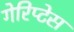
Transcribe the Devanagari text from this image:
गेरिप्टेस